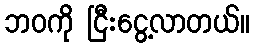
ဘဝကို ငြီးငွေ့လာတယ်။